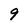
Character: 9